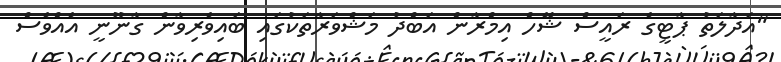
"އަދާލަތު ޕާޓީގެ ރައީސް ޝޭހް އިމްރާން އަބްދު މަޝްވަރާތަކުގައި ބައިވެރިވާން ގާނޫނީ އެއްވެސް